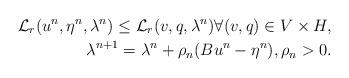
LaTeX: \begin{align*}\mathcal{L}_r(u^n,\eta^n,\lambda^{n})\leq \mathcal{L}_r(v,q,\lambda^{n}) \forall (v,q)\in V\times H,\\\lambda^{n+1}=\lambda^n +\rho_n(Bu^n- \eta^n),\rho_n>0.\end{align*}